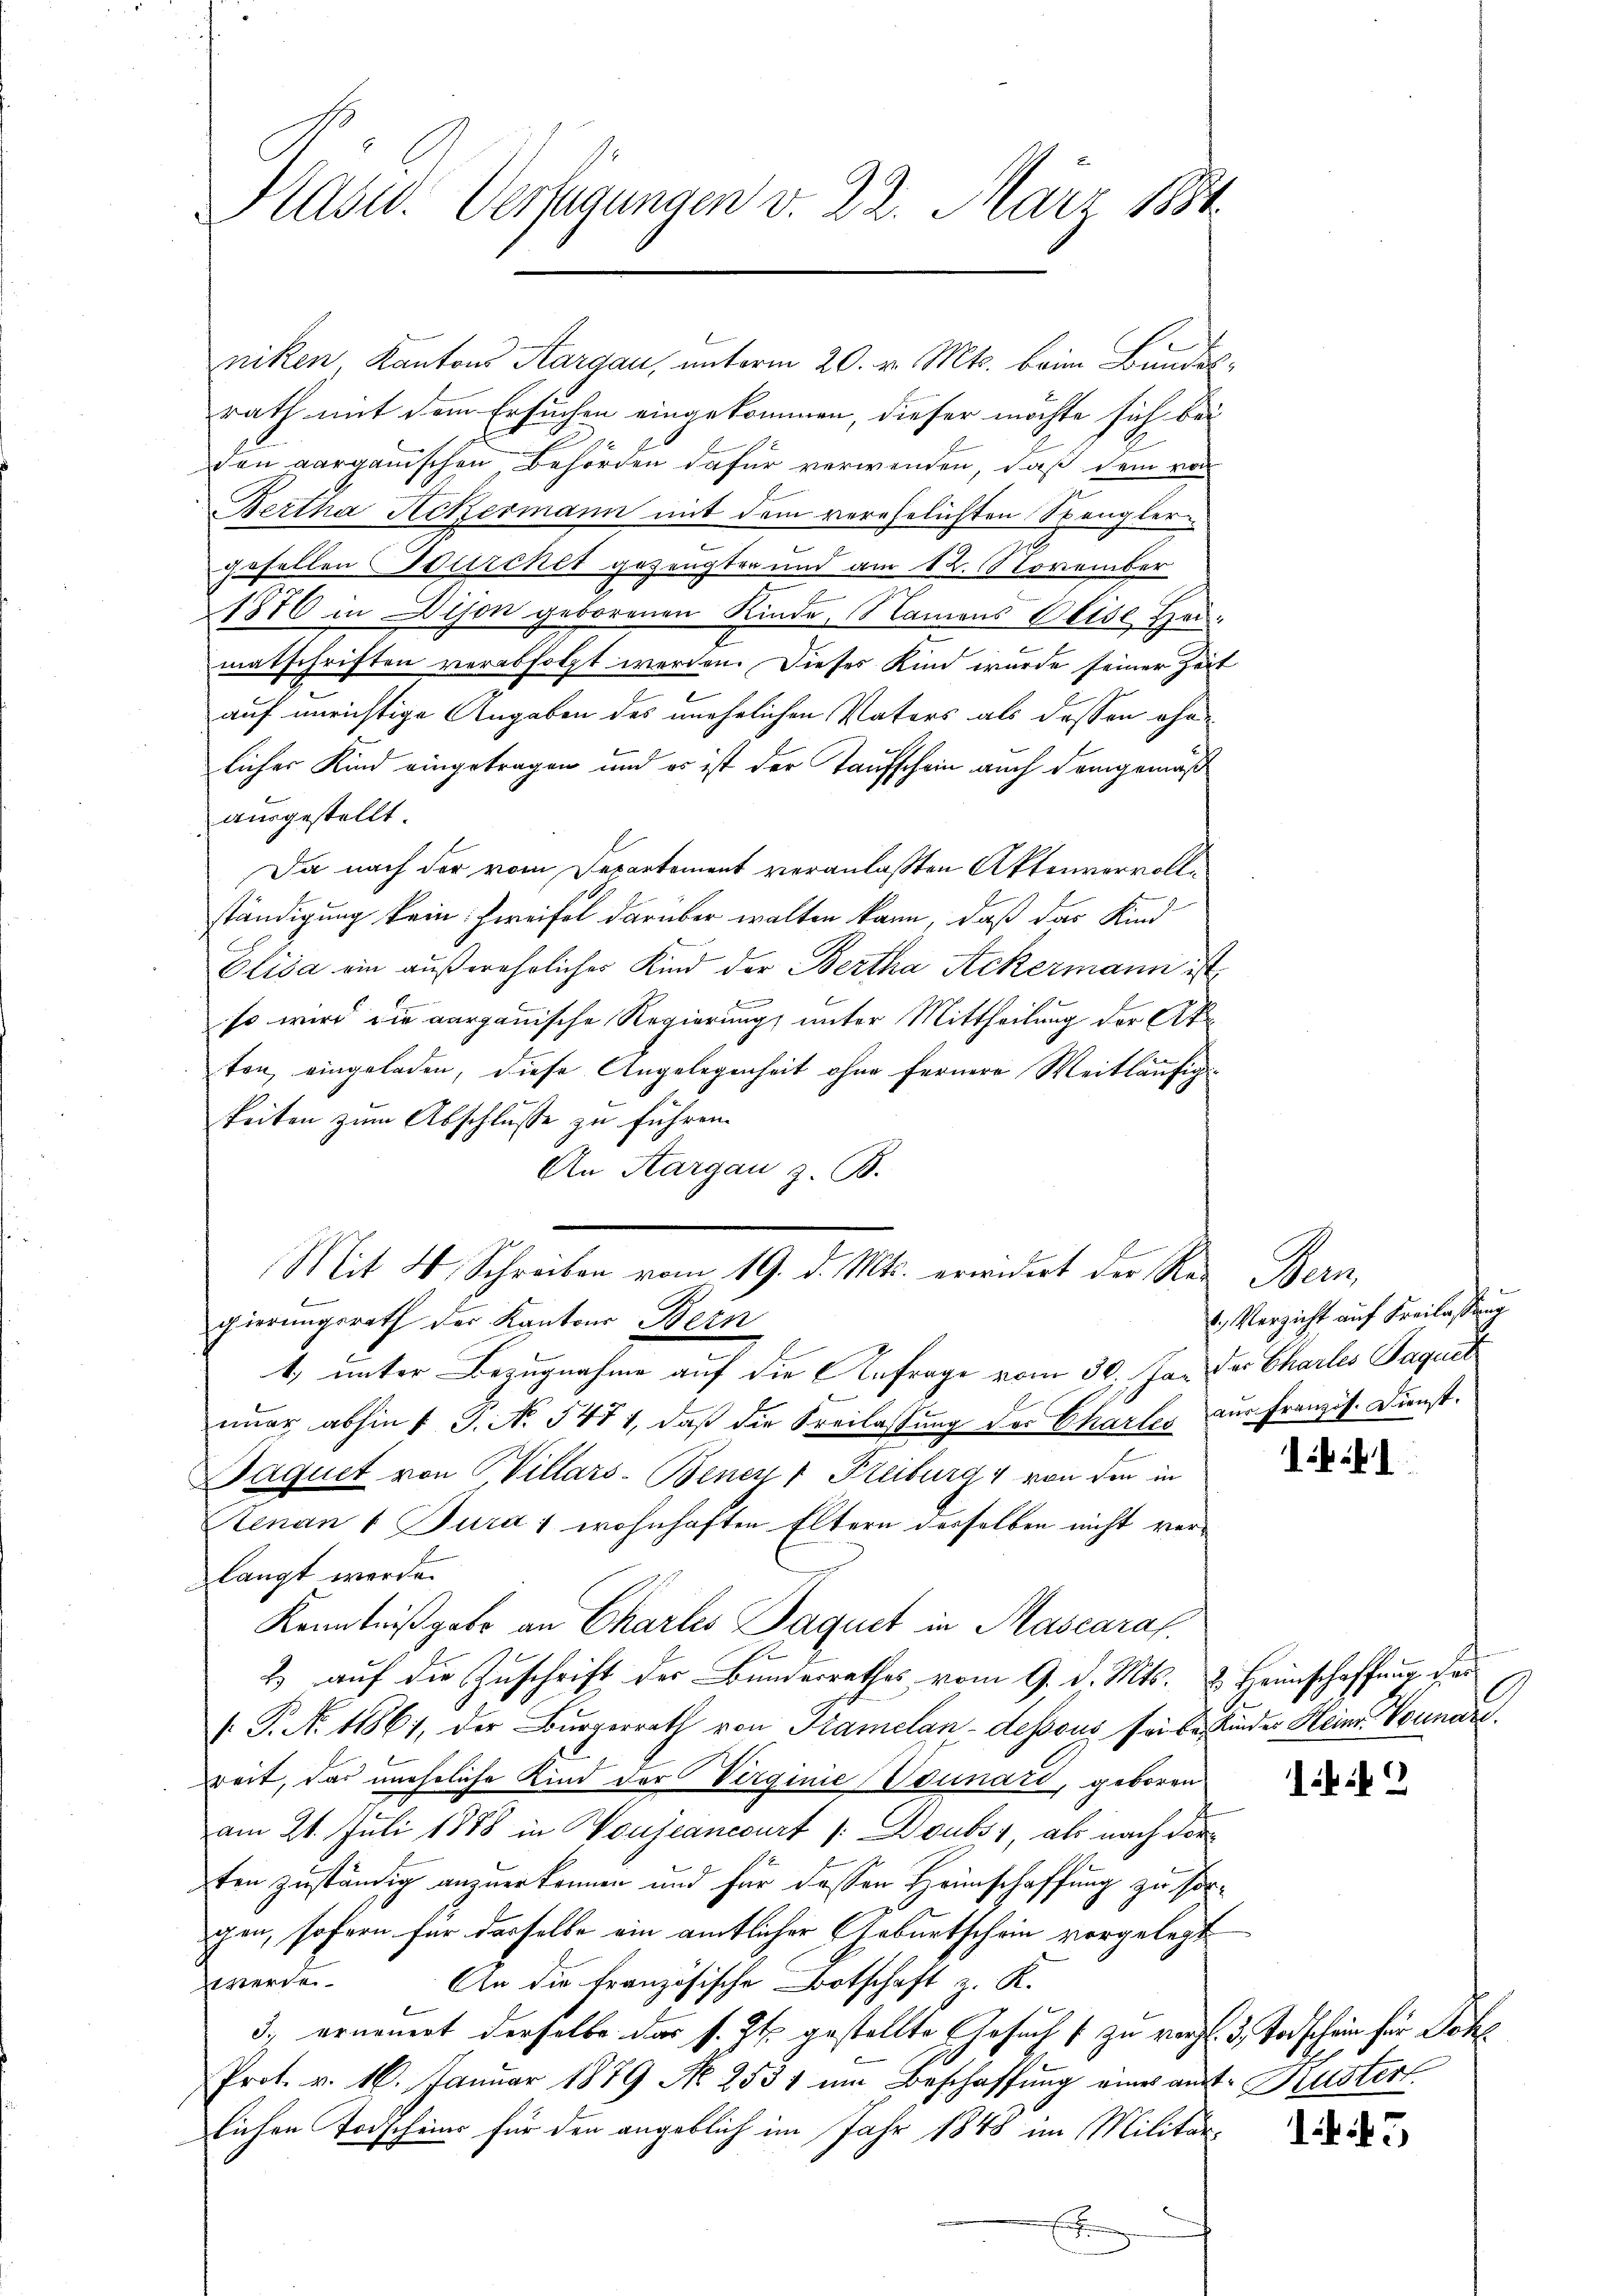
Kaser. Verfügungen d. 22. März 1884.

niken Kantons Aargau, unterm 20. v. Mts. beim Bundesrath mit dem Ersuchen eingekommen, dieser möchte sich bei
den aargauischen Behörden dafür verwenden, daß dem vo
Bertha Ackermann mit dem verehelichten Spangler
gesellen Burcket gezeugten und am 12. November
2
1876 in Dison geborenen Kinde, Namens Olise Heimatschriften verabfolgt werden. Dieses Kind wurde seiner Zeit
auf unrichtige Angaben des unehelichen Vaters als dessen ehelicher Kind eingetragen und es ist der Taufschein auch demgemäß
ausgestellt
Da nach der vom Departement veranlaßten Aktenvervollständigung kein Zweifel darüber walten kann, daß das Kind
t
Oliva ein außerehrliches Kind der Bertha Ackermann ist
so wird die aargauische Regierung unter Mittheilung der Ak
ton eingeladen, diese Angelegenheit ohne fernere Weitläufig
keiten zum Abschlusse zu führen.
An Aargau z. B.
gierungsrath der Kantons Bern
1) unter Bezugnahme auf die Anfrage vom 30. Ja, der Charles Paquet
eṅer abhin 1 S. No. 5471, daβ die Freilassŭng der Charlei zur Franzis. Dienst¬
Baquet von Willars- Bener 1 Freiburg von den in
tenan 1 Bura 1 wohnhaften Eltern desselben nicht verlangt werde.
Kenntnißgabe an Charles Paquet in Mascaraf.
2
2 auf die Zuschrift der Bunderrathes vom 9. d. Mts. & Heimschaffung der
(P. N. 11861, der Bürgerrath von Kramelan-dessous seite Kinder Heine Vornare
weit, das uneheliche Kind der Virginie (Vounati, geboren
am 21. Juli 1888 in Nouseancourt /: Doubs, als nach der
ten zuständig anzuerkennen und für dessen Heimschaffung zu sorgen, sofern für dasselbe ein amtlicher Geburtschein vorgelegt
werde
An die französische Botschaft z. K.
3.) erneuert derselbe das s. Zt. gestellte Gesuch (zu vergl. 3. Todschein für Sohl
Prot. v. 16. Januar 1879 No 2531 um Beschaffŭng einer amt Kustert
lichen Todscheins für den angeblich im Jahr 1848 im Militär-
E

Mit H. Schreiben vom 19. d. Mts. erwidert der Re- Bern,

2. Verzicht auf Freilassung

11

i

45